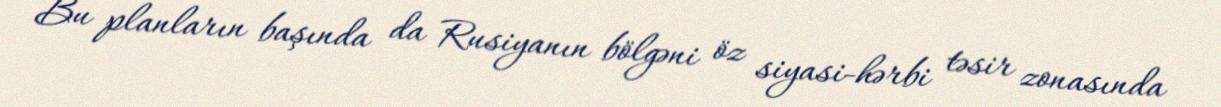
Bu planların başında da Rusiyanın bölgəni öz siyasi-hərbi təsir zonasında